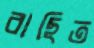
বাছিত